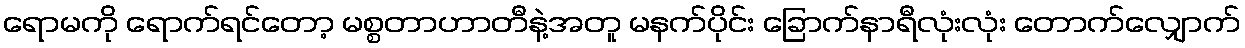
ရောမကို ရောက်ရင်တော့ မစ္စတာဟာတီနဲ့အတူ မနက်ပိုင်း ခြောက်နာရီလုံးလုံး တောက်လျှောက်